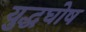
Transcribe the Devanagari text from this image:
युद्धघोष